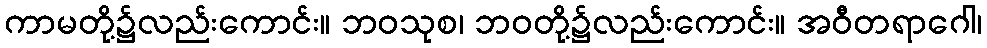
ကာမတို့၌လည်းကောင်း။ ဘဝသုစ၊ ဘဝတို့၌လည်းကောင်း။ အဝီတရာဂေါ၊